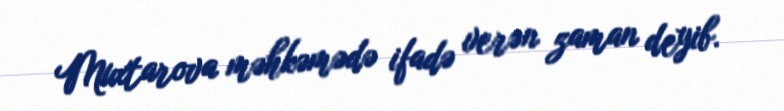
Muxtarova məhkəmədə ifadə verən zaman deyib.